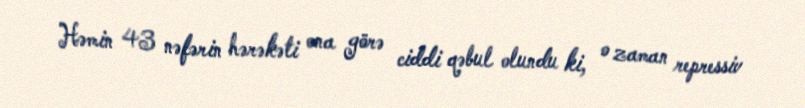
Həmin 43 nəfərin hərəkəti ona görə ciddi qəbul olundu ki, o zaman repressiv